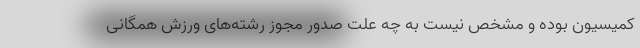
کمیسیون بوده و مشخص نیست به چه علت صدور مجوز رشته‌های ورزش همگانی